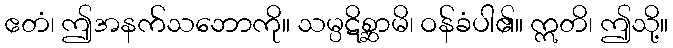
ဧတံ၊ ဤအနက်သဘောကို။ သမ္ပဋိစ္ဆာမိ၊ ဝန်ခံပါ၏။ ဣတိ၊ ဤသို့။